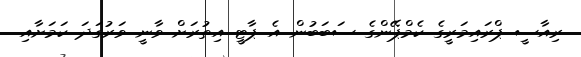
ރިއާސީ ޕްރައިމަރީގެ ކެމްޕޭންގެ ސަބަބުން އެ ޕާޓީ އިތުރަށް ވާނީ ވަރުގަދަ ކަމަށާއި